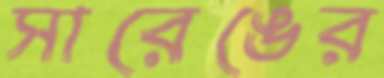
সারেঙের